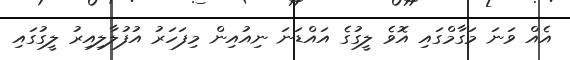
އެއް ވަނަ މަގާމްގައި އޮވެ ލީގުގެ އައްޑަނަ ނިއުއިން މިފަހަރު އުފުލާލިއިރު ލީގުގައި